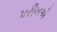
પરીખએ